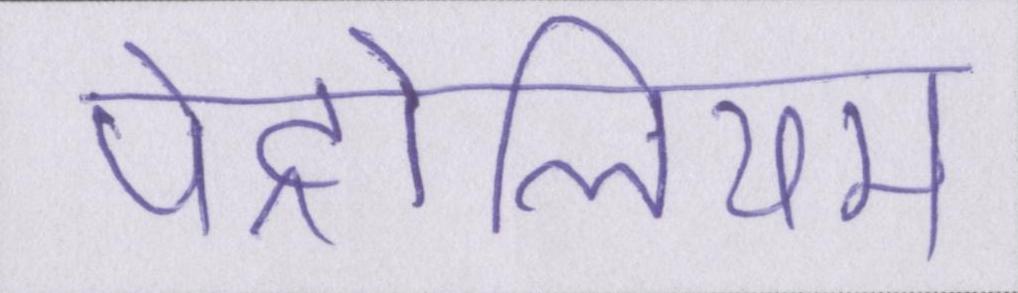
पेट्रोलियम